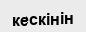
кескінін